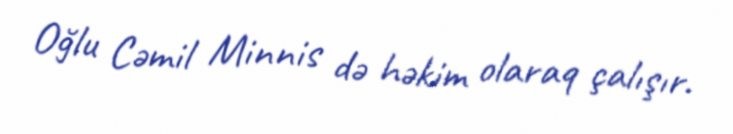
Oğlu Cəmil Minnis də həkim olaraq çalışır.